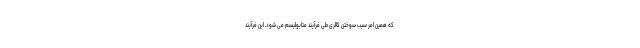
که همین امر سبب سوختن کالری طی فرآیند متابولیسم می شود. این فرآیند